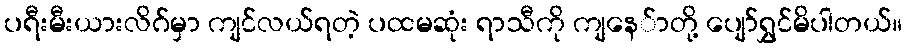
ပရီးမီးယားလိဂ်မှာ ကျင်လယ်ရတဲ့ ပထမဆုံး ရာသီကို ကျနေ်ာတို့ ပျော်ရွှင်မိပါတယ်။